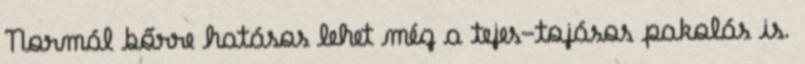
Normál bőrre hatásos lehet még a tejes-tojásos pakolás is.